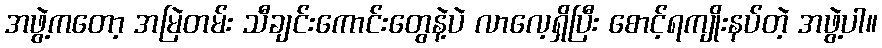
အဖွဲ့ကတော့ အမြဲတမ်း သီချင်းကောင်းတွေနဲ့ပဲ လာလေ့ရှိပြီး စောင့်ရကျိုးနပ်တဲ့ အဖွဲ့ပါ။